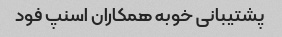
پشتیبانی خوبه همکاران اسنپ فود